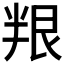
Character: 𠦯